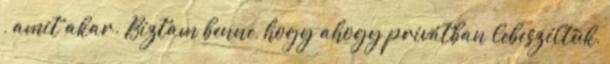
, amit akar. Bíztam benne, hogy ahogy privátban lebeszéltük,